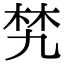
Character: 㭝